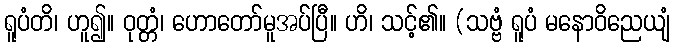
ရူပံတိ၊ ဟူ၍။ ဝုတ္တံ၊ ဟောတော်မူအပ်ပြီ။ ဟိ၊ သင့်၏။ (သဗ္ဗံ ရူပံ မနောဝိညေယျံ